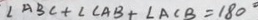
\angle A B C + \angle C A B + \angle A C B = 1 8 0 ^ { \circ }